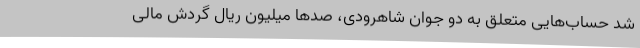
شد حساب‌هایی متعلق به دو جوان شاهرودی، صدها میلیون ریال گردش مالی